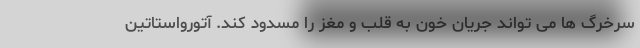
سرخرگ ها می تواند جریان خون به قلب و مغز را مسدود کند. آتورواستاتین